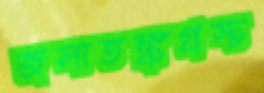
জলাতঙ্কগ্রস্ত